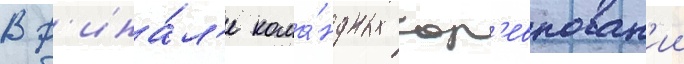
В ф'ина́л'е кома́ндных сор'евнован'ии